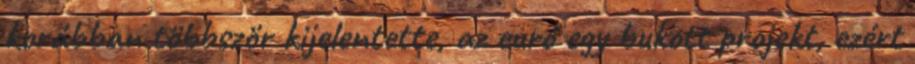
korábban többször kijelentette, az euró egy bukott projekt, ezért